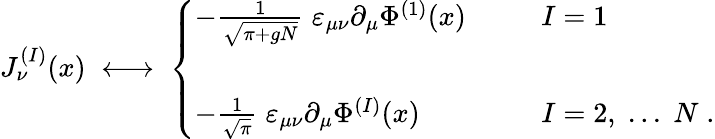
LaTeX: J_{\nu}^{(I)}(x)\; \longleftrightarrow\; \left\{ \begin{array}{ll}{{-\frac{1}{\sqrt{\pi+gN}}\; \varepsilon_{\mu\nu}\partial_{\mu}\Phi^{(1)}(x)\; \; \; \; \; \; }}&{{I=1}}\\ {{\; }}&{{\; }}\\ {{-\frac{1}{\sqrt{\pi}}\; \varepsilon_{\mu\nu}\partial_{\mu}\Phi^{(I)}(x)\; \; \; \; \; \; }}&{{I=2,\; ...\; N\; .}}\end{array}\right.